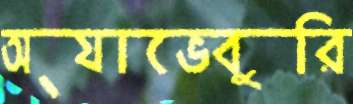
অ্যাভেবুরি